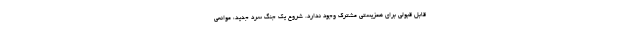
قابل قبولی برای همزیستی مشترک وجود ندارد. شروع یک جنگ سرد جدید، موانعی